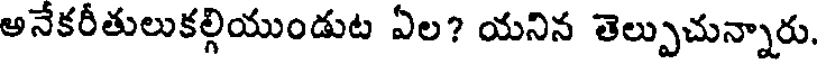
అనేకరీతులుకల్గియుండుట ఏల? యనిన తెల్పుచున్నారు.